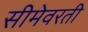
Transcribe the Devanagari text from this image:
सीमेवरती